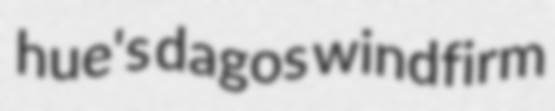
hue's dagos windfirm